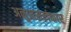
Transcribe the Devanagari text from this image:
अनुप्रासलंकार